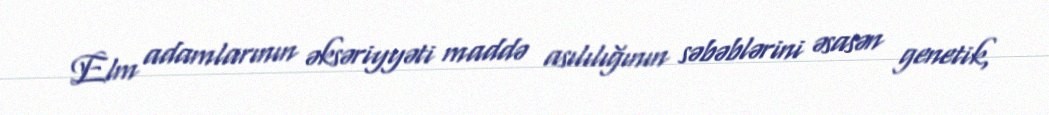
Elm adamlarının əksəriyyəti maddə asılılığının səbəblərini əsasən genetik,